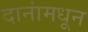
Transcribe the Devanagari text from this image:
दानांमधून